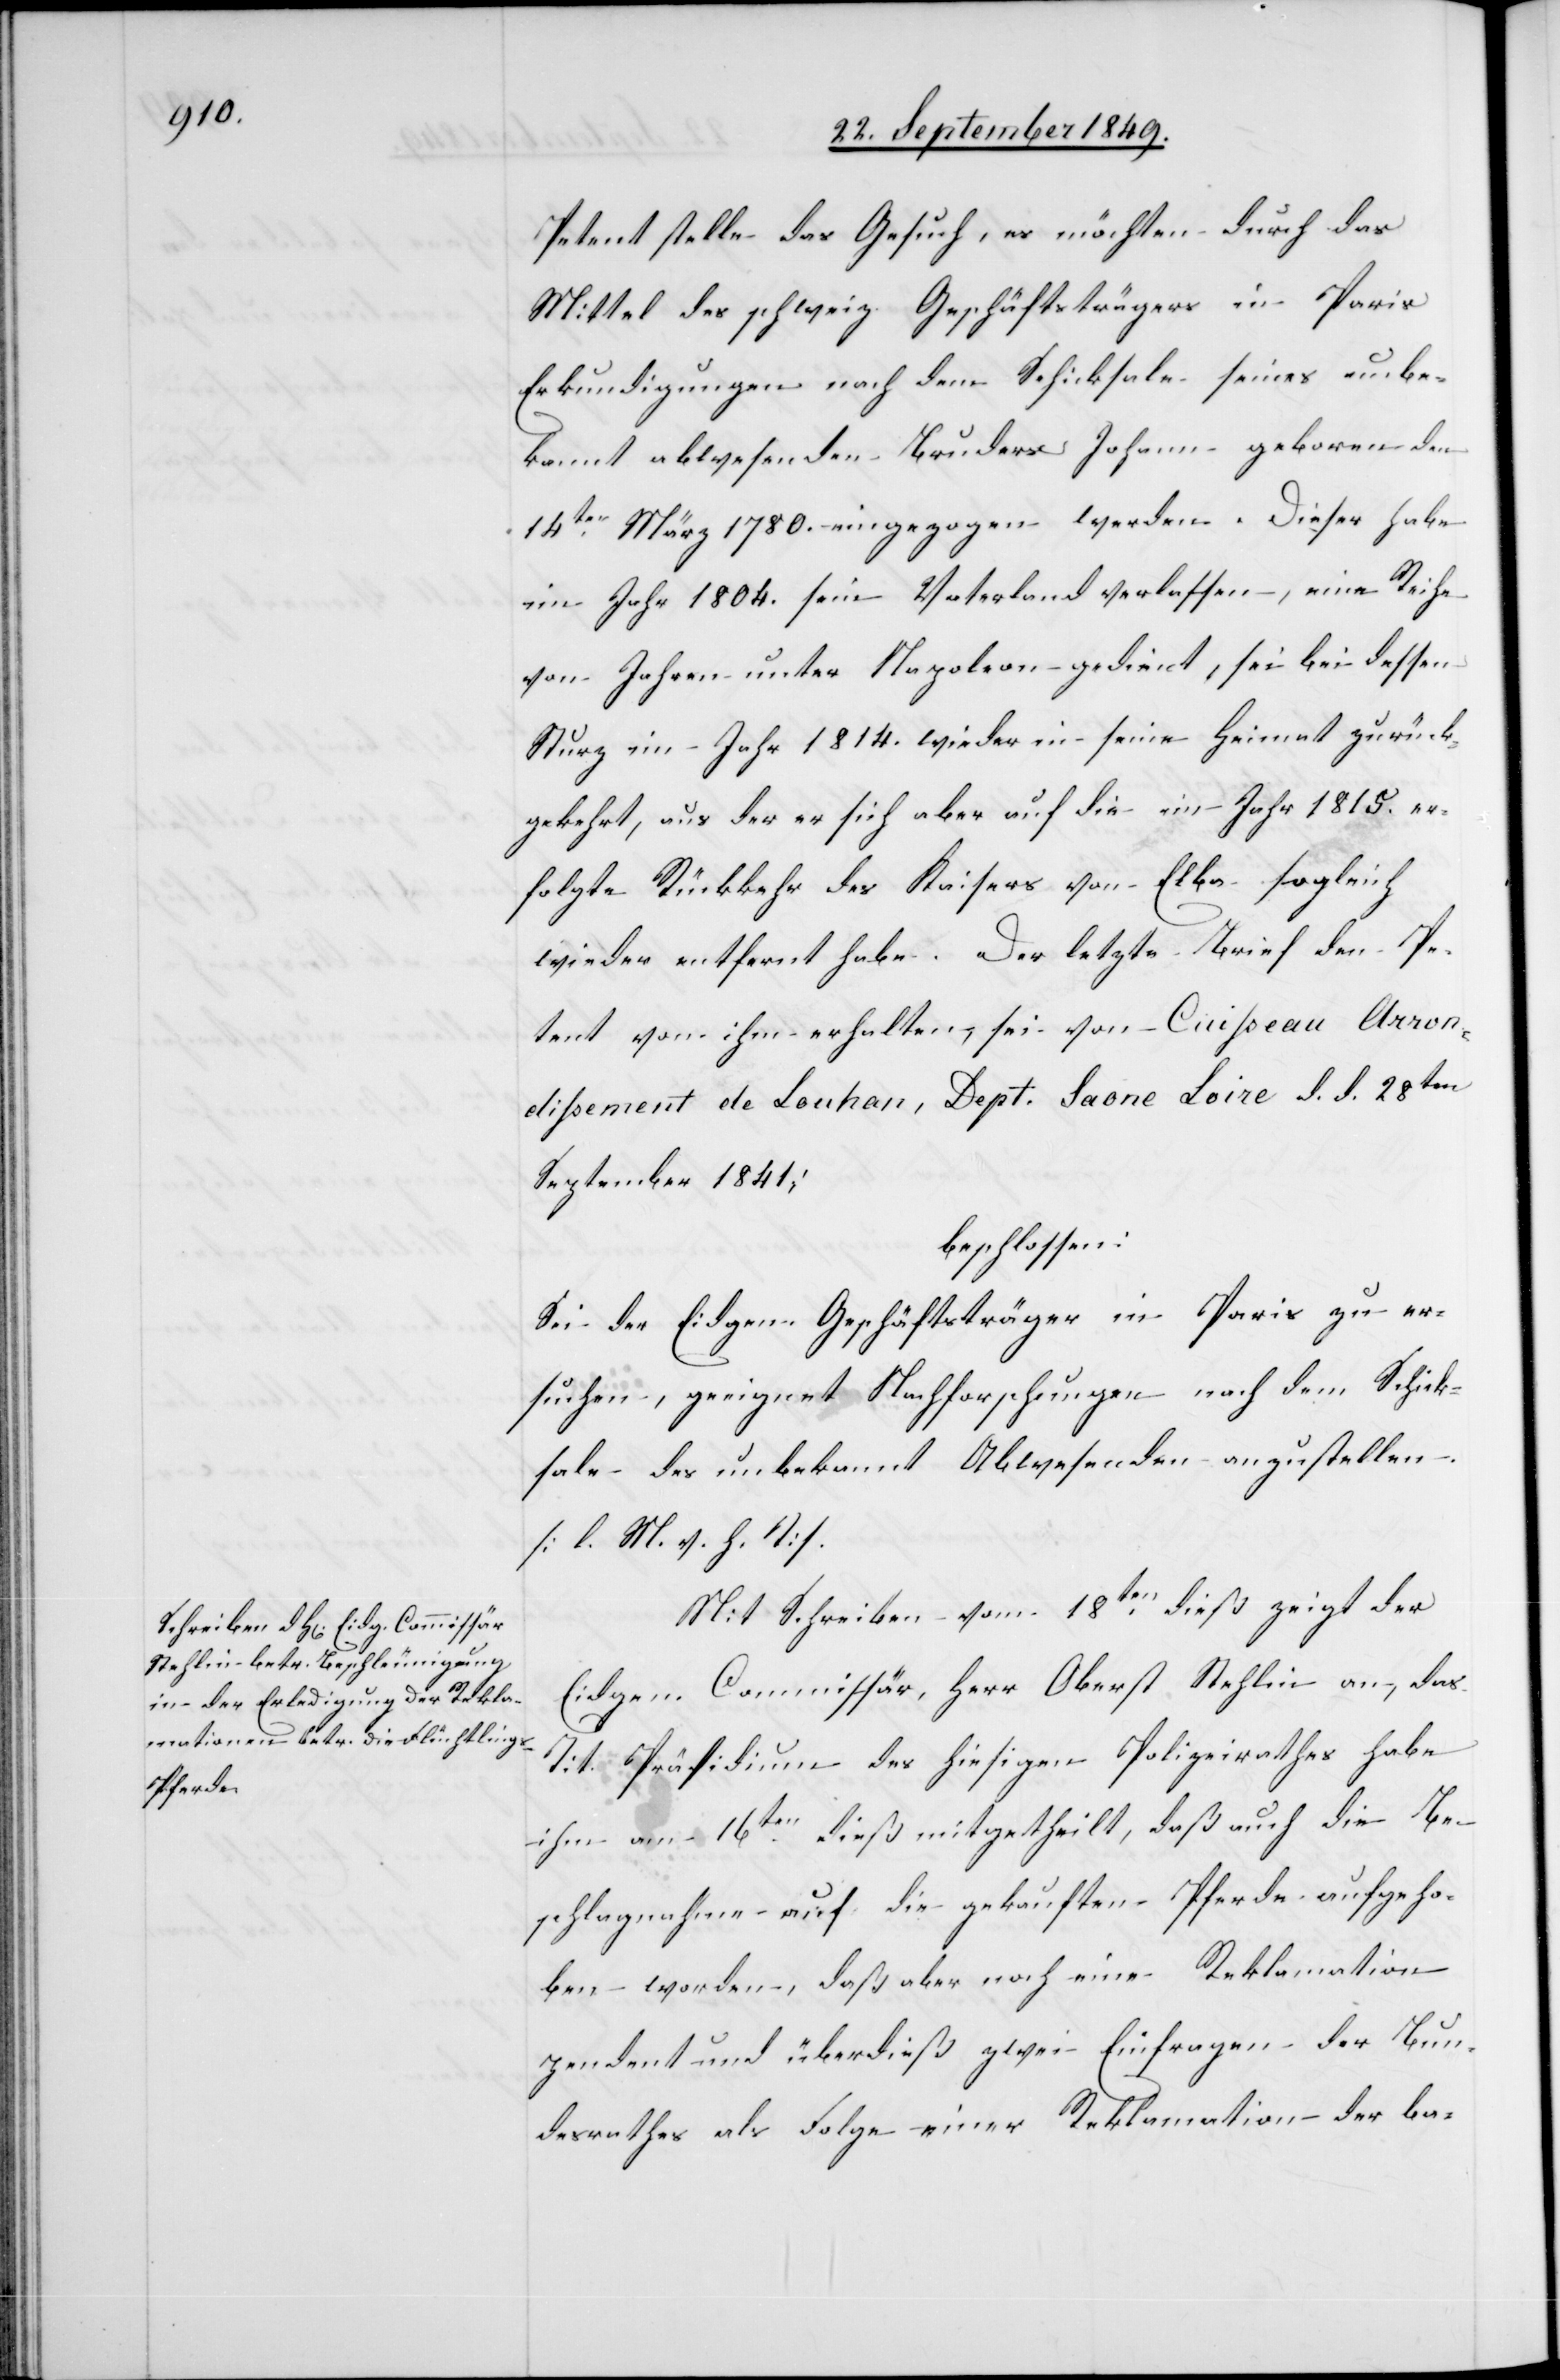
Petent stelle das Gesuch, es möchten durch das
Mittel des schweiz. Geschäftsträgers in Paris
Erkundigungen nach dem Schicksale seines unbe¬
kannt abwesenden Bruders Johann geboren den
14ten März 1780. eingezogen werden. Dieser habe
im Jahr 1804. sein Vaterland verlassen, eine Reihe
von Jahren unter Napoleon gedient, sei bei dessen
Sturz im Jahr 1814. wieder in seine Heimat zurück¬
gekehrt, aus der er sich aber auf die im Jahr 1815. er¬
folgte Rückkehr des Kaisers von Elba sogleich
wieder entfernt habe. Der letzte Brief den Pe¬
tent von ihm erhalten, sei von Cuisseau Arron¬
dissement de Louhan, Dept. Saone Loire d. d. 28ten
September 1841;
beschlossen:
Sei der Eidgen. Geschäftsträger in Paris zu er¬
suchen, geeignet Nachforschungen nach dem Schick¬
sale des unbekannt Abwesenden anzustellen.
[l. M. v. h. T]
Mit Schreiben vom 18ten dieß zeigt der
Eidgen. Commissär, Herr Oberst Stehlin an, das
Tit. Präsidium des hiesigen Polizeirathes habe
ihm am 16ten dieß mitgetheilt, daß auch die Be¬
schlagnahme auf die gekauften Pferde aufgeho¬
ben worden, daß aber noch eine Reklamation
pendent und überdieß zwei Einfragen der Bun¬
desrathes als Folge einer Reklamation der ba-